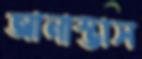
আনাস্তাস